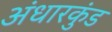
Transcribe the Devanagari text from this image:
अंधारकुंड